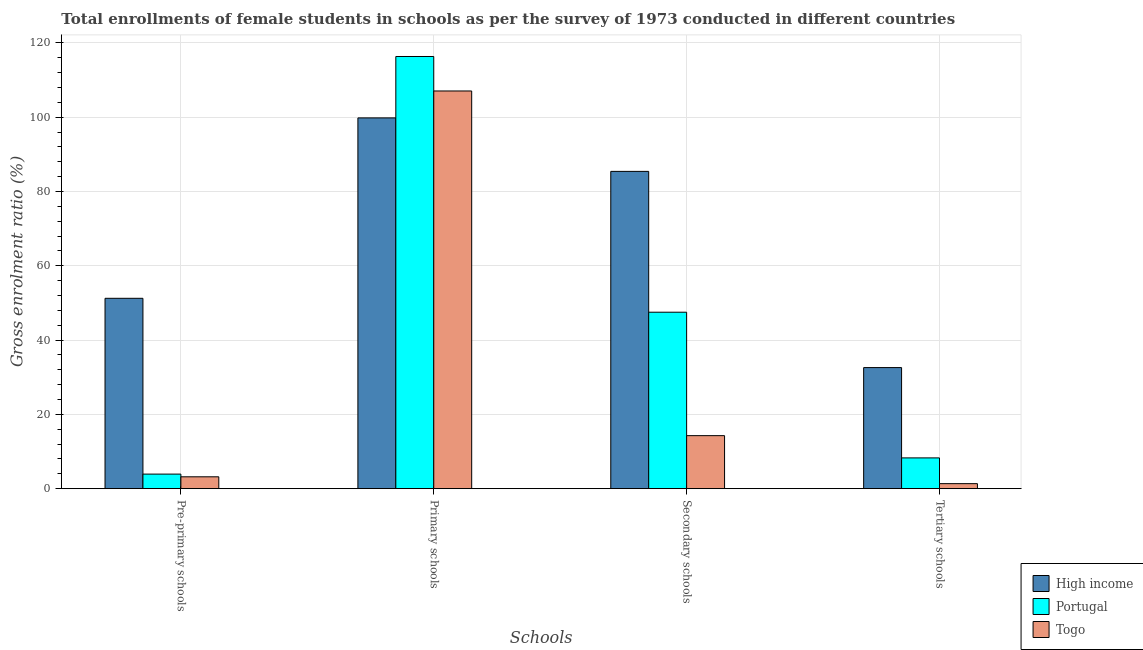
| Schools | High income | Portugal | Togo |
 | --- | --- | --- | --- |
 | Pre-primary schools | 51.3 | 3.92 | 3.2 |
 | Primary schools | 99.8 | 116 | 107 |
 | Secondary schools | 85.4 | 47.5 | 14.3 |
 | Tertiary schools | 32.6 | 8.29 | 1.35 |